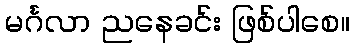
မင်္ဂလာ ညနေခင်း ဖြစ်ပါစေ။